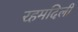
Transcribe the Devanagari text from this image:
रहमदिली